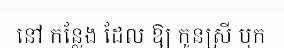
នៅ កន្លែង ដែល ឱ្យ កូនស្រី បុក